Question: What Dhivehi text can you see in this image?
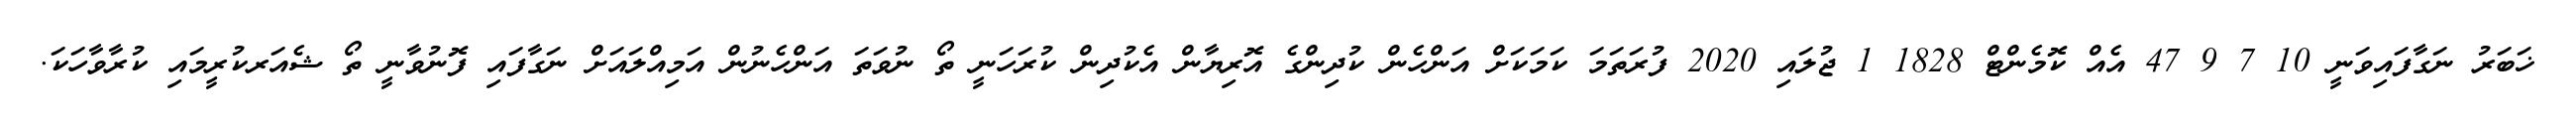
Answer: ޚަބަރު ނަގާފައިވަނީ 10 7 9 47 އެއް ކޮމެންޓް 1828 1 ޖުލައި 2020 ފުރަތަމަ ކަމަކަށް އަންހެން ކުދިންގެ އޮރިޔާން އެކުދިން ކުރަހަނީ ތޯ ނުވަތަ އަންހެނުން އަމިއްލައަށް ނަގާފައި ފޮނުވާނީ ތޯ ޝެއަރކުރީމައި ކުރާވާހަކަ.